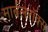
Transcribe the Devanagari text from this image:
मार्बलरॉक्स